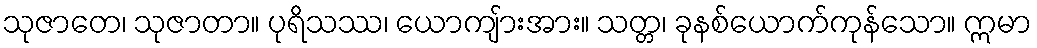
သုဇာတေ၊ သုဇာတာ။ ပုရိသဿ၊ ယောကျ်ားအား။ သတ္တ၊ ခုနစ်ယောက်ကုန်သော။ ဣမာ